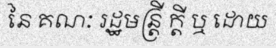
នៃ គណៈ រដ្ឋមន្ត្រី ក្តី ឬ ដោយ